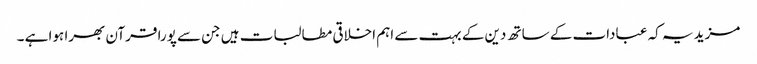
مزید یہ کہ عبادات کے ساتھ دین کے بہت سے اہم اخلاقی مطالبات ہیں جن سے پورا قرآن بھرا ہوا ہے ۔